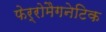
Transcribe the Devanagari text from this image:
फेर्रोमैगनेटिक